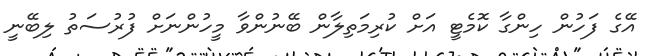
އޭގެ ފަހުން ހިންގާ ކޮމެޓީ އަށް ކުރިމަތިލާން ބޭނުންވާ މީހުންނަށް ފުރުސަތު ލިބޭނީ